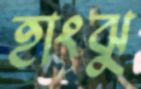
হাংঝু